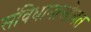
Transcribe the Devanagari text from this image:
संविधानासोबत